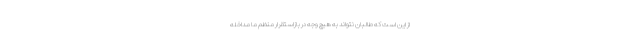
از این است که طالبان نتواند به هیچ وجه‌ در بازاستقرار منظم ما مداخله